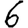
Digit: 6